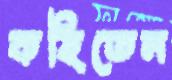
কহিতেন